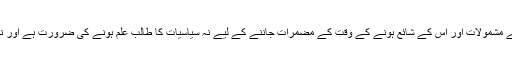
اس کتاب کے مشمولات اور اس کے شائع ہونے کے وقت کے مضمرات جاننے کے لیے نہ سیاسیات کا طالب علم ہونے کی ضرورت ہے اور نہ نفسیات کا۔